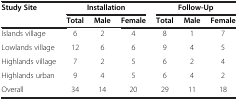
| <ROWSPAN=2> Study Site | <COLSPAN=3> Installation | <COLSPAN=3> Follow-Up |
 | Total | Male | Female | Total | Male | Female |
 | --- | --- | --- | --- | --- | --- | --- |
 | Islands village | 6 | 2 | 4 | 8 | 1 | 7 |
 | Lowlands village | 12 | 6 | 6 | 9 | 4 | 5 |
 | Highlands village | 7 | 2 | 5 | 6 | 2 | 4 |
 | Highlands urban | 9 | 4 | 5 | 6 | 4 | 2 |
 | Overall | 34 | 14 | 20 | 29 | 11 | 18 |